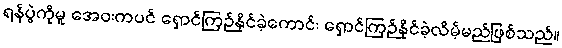
ရန်ပွဲကိုမူ အေဝးကပင် ရှောင်ကြဉ်နိုင်ခဲ့ကောင်း ရှောင်ကြဉ်နိုင်ခဲ့လိမ့်မည်ဖြစ်သည်။